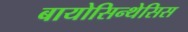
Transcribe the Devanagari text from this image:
बायोसिन्थेसिस